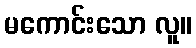
မကောင်းသော လူ။